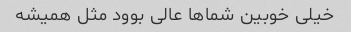
خیلی خوبین شماها عالی بوود مثل همیشه